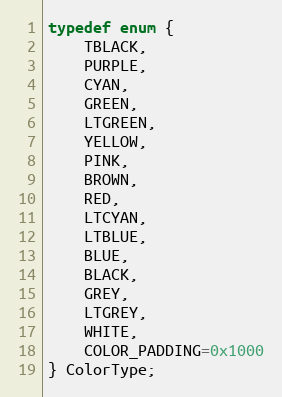
Language: C
typedef enum {
	TBLACK,
	PURPLE,
	CYAN,
	GREEN,
	LTGREEN,
	YELLOW,
	PINK,
	BROWN,
	RED,
	LTCYAN,
	LTBLUE,
	BLUE,
	BLACK,
	GREY,
	LTGREY,
	WHITE,
	COLOR_PADDING=0x1000
} ColorType;